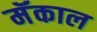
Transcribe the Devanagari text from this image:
मॅकाल